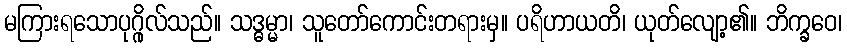
မကြားရသောပုဂ္ဂိုလ်သည်။ သဒ္ဓမ္မာ၊ သူတော်ကောင်းတရားမှ။ ပရိဟာယတိ၊ ယုတ်လျော့၏။ ဘိက္ခဝေ၊